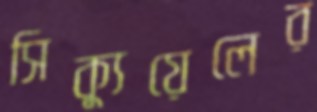
সিক্যুয়েলের